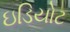
ઇડિયોટ